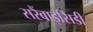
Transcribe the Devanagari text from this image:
सरैंबाइसिडी